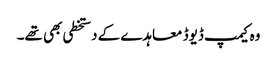
وہ کیمپ ڈیوڈ معاہدے کے دستخطی بھی تھے۔